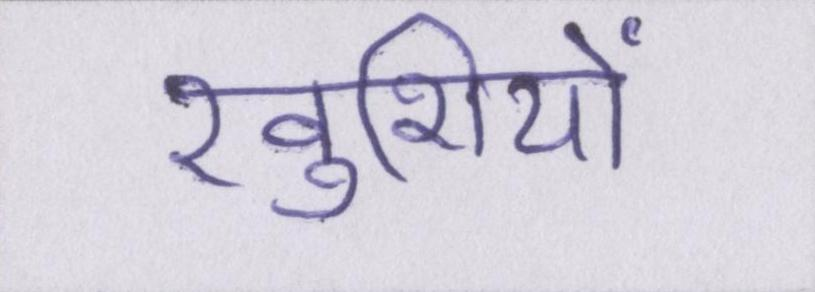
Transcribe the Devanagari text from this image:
खुशियों